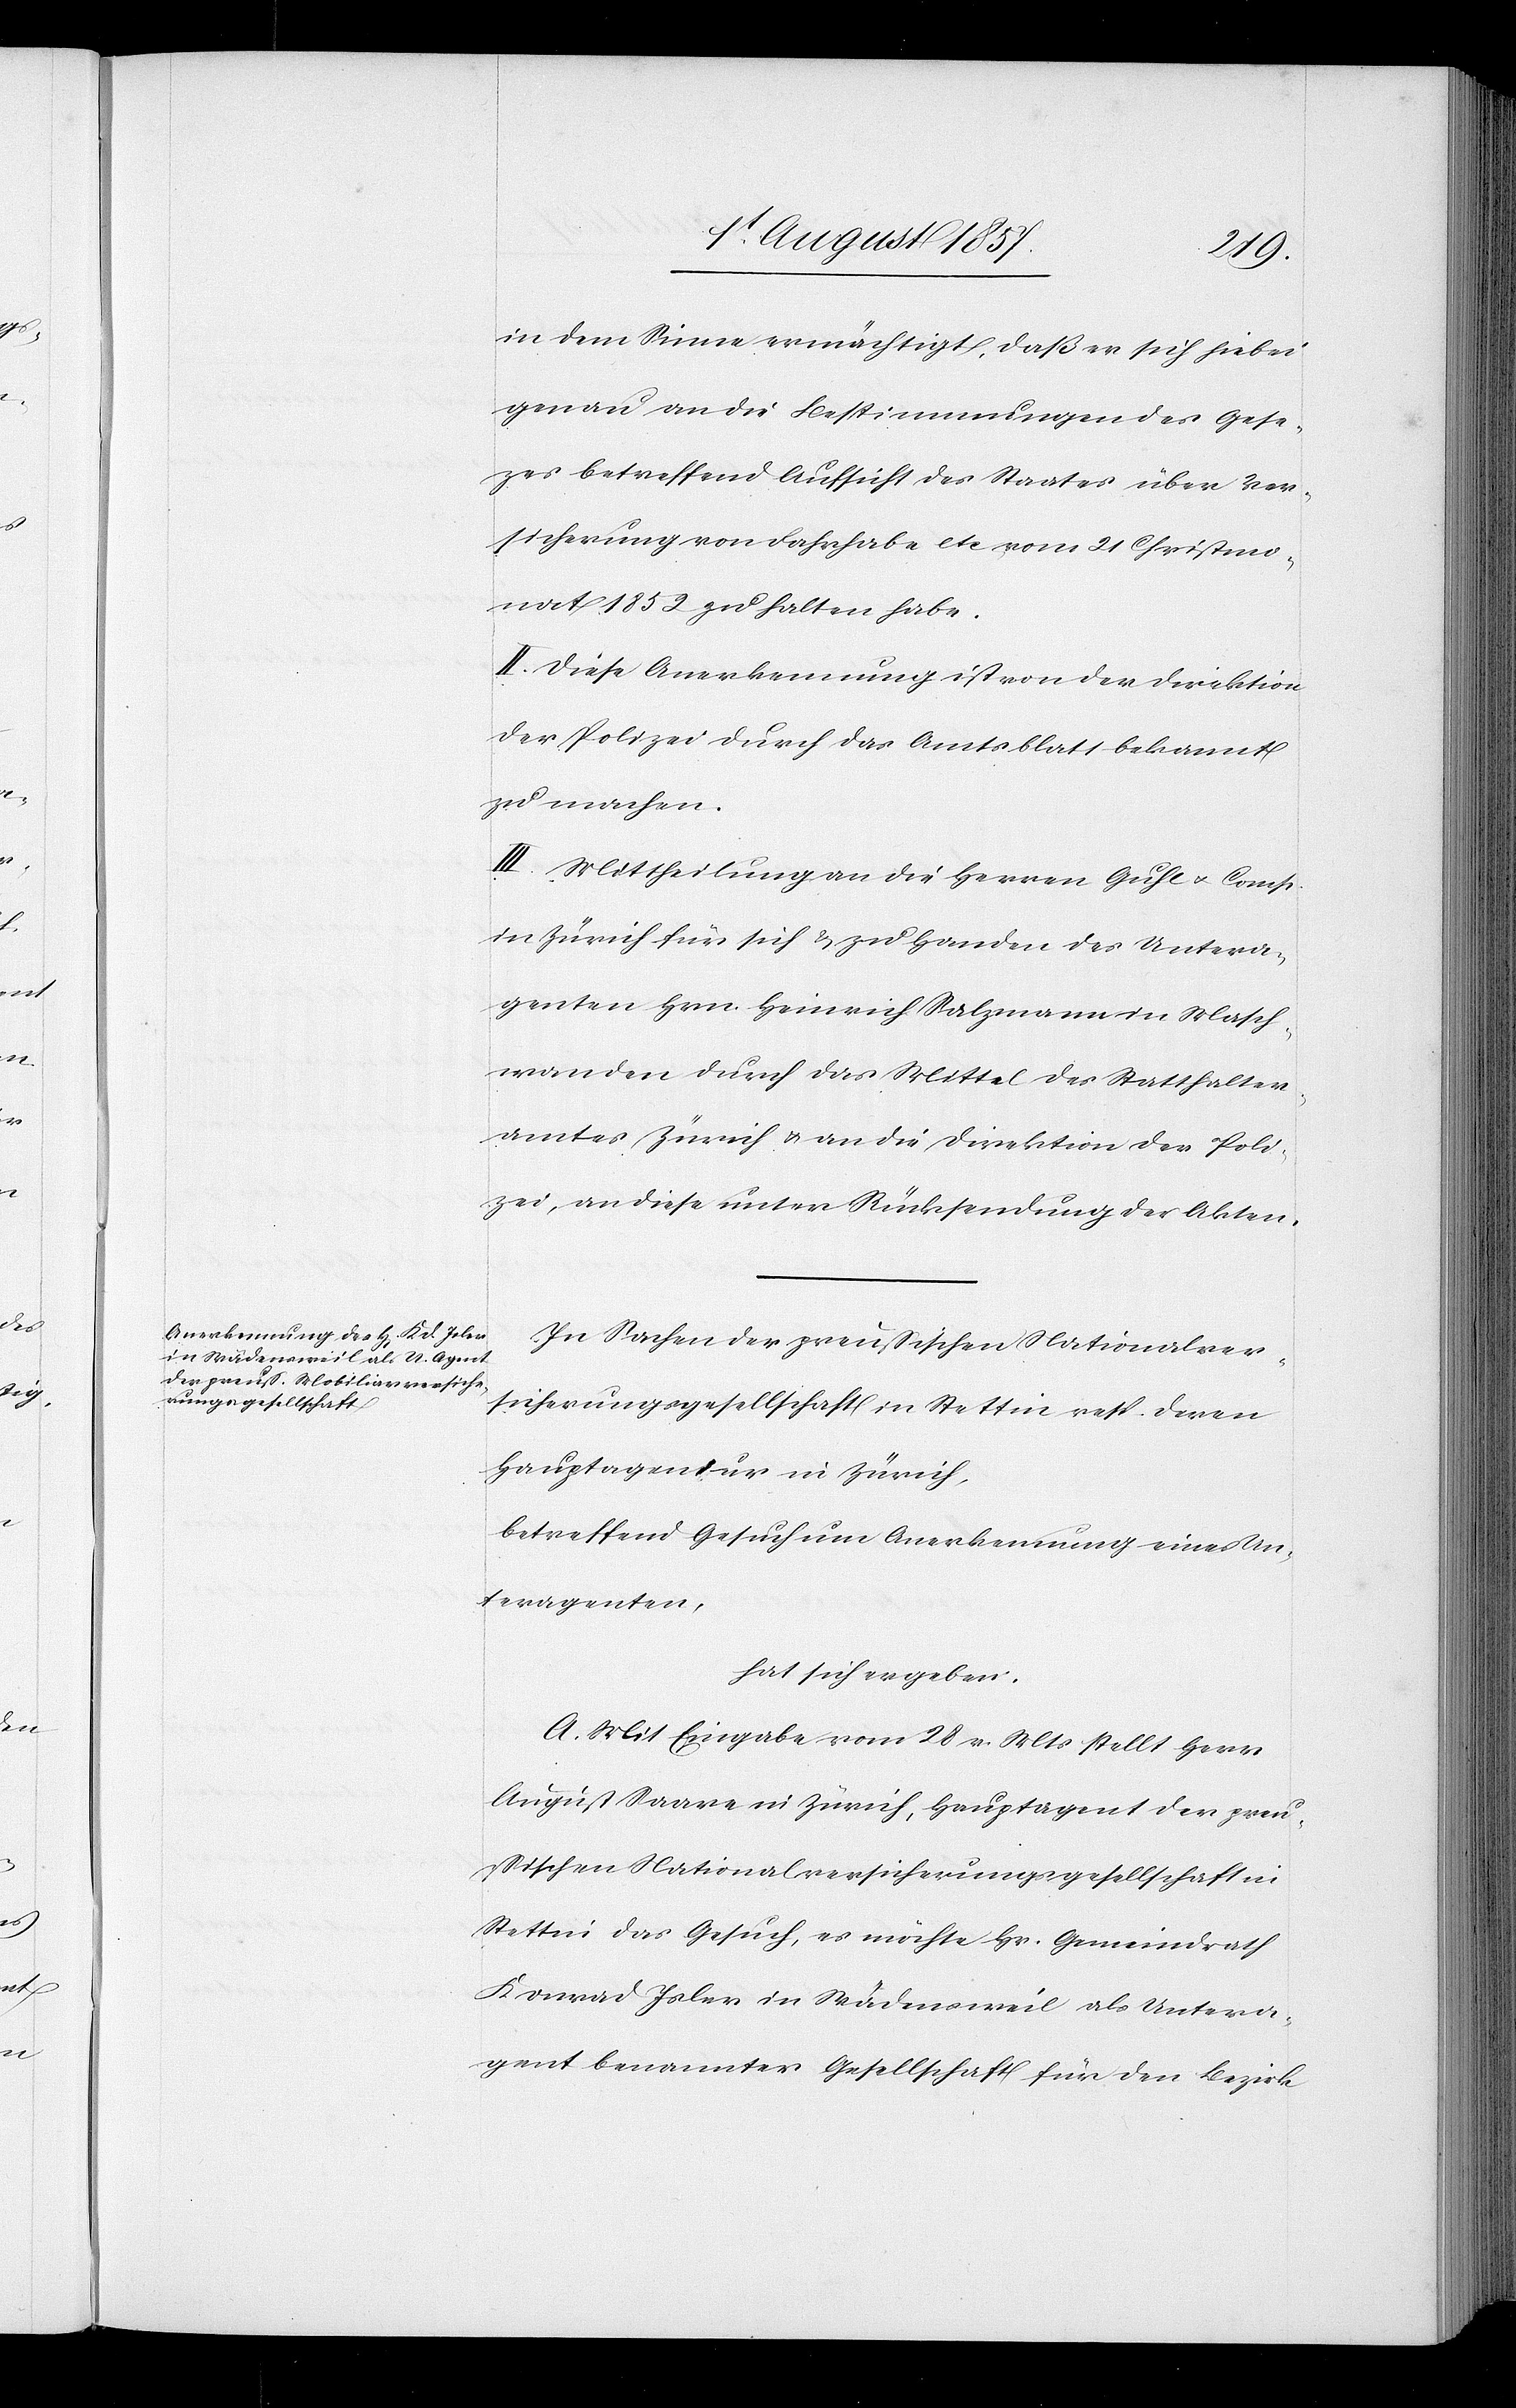
in dem Sinne ermächtigt, daß er sich hiebei
genau an die Bestimmungen des Gese¬
tzes betreffend Aufsicht des Staates über Ver¬
sicherung von Fahrhabe etc vom 21 Christmo¬
nat 1852 zu halten habe.
II. Diese Anerkennung ist von der Direktion
der Polizei durch das Amtsblatt bekannt
zu machen.
III. Mittheilung an die Herren Guhl & Comp.
in Zürich für sich & zu Handen des Untera¬
genten Hrn. Heinrich Salzmann in Masch¬
wanden durch das Mittel des Statthalter¬
amtes Zürich & an die Direktion der Poli¬
zei, an diese unter Rücksendung der Akten.
In Sachen der preußischen Nationalver¬
sicherungsgesellschaft in Stettin resp. deren
Hauptagentur in Zürich,
betreffend Gesuch um Anerkennung eines Un¬
teragenten,
hat sich ergeben:
A. Mit Eingabe vom 28 v. Mts. stellt Herr
August Saare in Zürich, Hauptagent der preu¬
ßischen Nationalversicherungsgesellschaft in
Stettin das Gesuch, es möchte Hr. Gemeindrath
Konrad Isler in Wädensweil als Untera¬
gent benannter Gesellschaft für den Bezirk